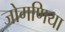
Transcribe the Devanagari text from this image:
जोगणिया